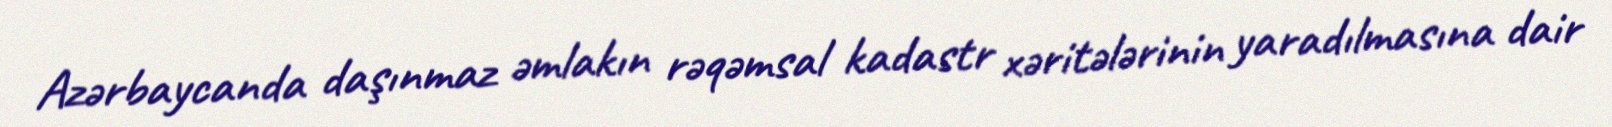
Azərbaycanda daşınmaz əmlakın rəqəmsal kadastr xəritələrinin yaradılmasına dair